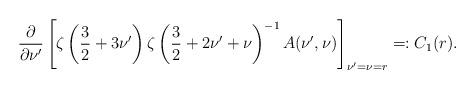
LaTeX: \begin{align*}\frac{\partial}{\partial \nu'} \left[ \zeta\left(\frac{3}{2}+3\nu'\right) \zeta\left(\frac{3}{2}+2\nu'+\nu\right)^{-1} A(\nu',\nu)\right]_{\nu' = \nu = r} =: C_1(r).\end{align*}